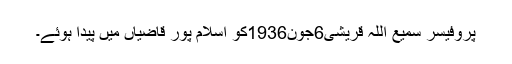
پروفیسر سمیع اللہ قریشی6جون1936کو اسلام پور قاضیاں میں پیدا ہوئے۔